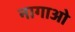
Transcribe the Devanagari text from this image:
नागाओ